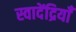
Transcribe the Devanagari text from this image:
स्वादेंद्रियाँ